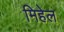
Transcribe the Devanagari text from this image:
मिहेल